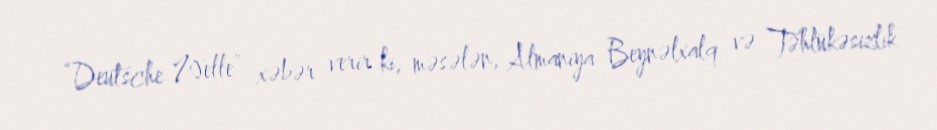
“Deutsche Welle” xəbər verir ki, məsələn, Almaniya Beynəlxalq və Təhlükəsizlik